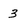
Character: 3